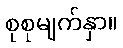
စုစုမျက်နှာ။